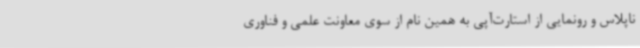
ناپلاس و رونمایی از استارت‌آپی به همین نام از سوی معاونت علمی و فناوری